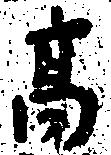
高